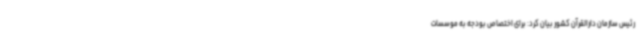
رئیس سازمان دارالقرآن کشور بیان کرد: برای اختصاص بودجه به موسسات